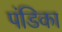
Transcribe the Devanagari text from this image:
पंडिका